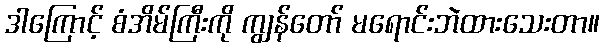
ဒါကြောင့် စံအိမ်ကြီးကို ကျွန်တော် မရောင်းဘဲထားသေးတာ။